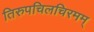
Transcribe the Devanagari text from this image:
तिरुपचिलचिरमम्